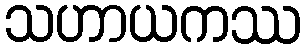
သဟာယကဿ